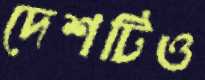
দেশটিও